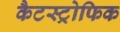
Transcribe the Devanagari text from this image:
कैटस्ट्रोफिक